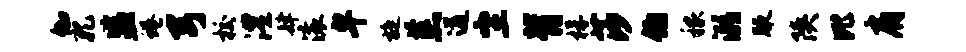
伽孔监蜷弓校澧肆滚卑旋羔遒尘背桴莎伯稼溺腋陕比肩